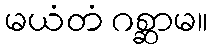
မယံတံ ဂစ္ဆာမ။